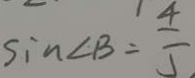
\sin \angle B = \frac { 4 } { 5 }